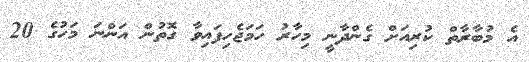
އެ މުބާރާތް ކުރިއަށް ގެންދާނީ މިހާރު ހަމަޖެހިފައިވާ ގޮތުން އަންނަ މަހުގެ 20